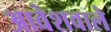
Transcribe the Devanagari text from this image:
आवेशवाले